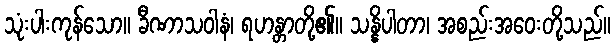
သုံးပါးကုန်သော။ ခီဏာသဝါနံ၊ ရဟန္တာတို့၏။ သန္နိပါတာ၊ အစည်းအဝေးတို့သည်။